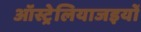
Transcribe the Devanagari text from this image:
ऑस्ट्रेलियाजइयों